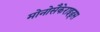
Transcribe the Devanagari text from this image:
मोनोसैकेराइड्स